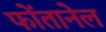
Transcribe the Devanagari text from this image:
फोंतानेल